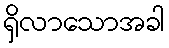
ရှိလာသောအခါ